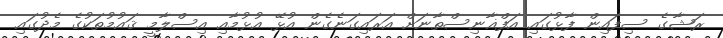
ރަޝާގެ ސިފައިން ފާޅުގައި އަފްޣާނިސްތާނަށް އަރައިގަނެގެން އުޅޭ އުޅުމާއި އިސްލާމީ ޤައުމުތަކުގެ މެދުގައި